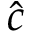
\hat { c }